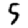
Digit: 5